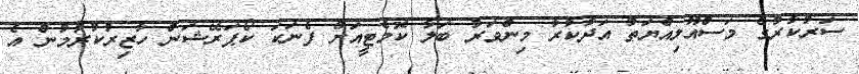
ސަރުކާރުގެ މަސްއޫލިއްޔަތު އަދާކުރާ މިންވަރު ބަލާ ކޮމެޓީއަށް ފެނަކަ ކޯޕަރޭޝަން ހާޒިރުކުރުމުން އެ